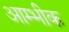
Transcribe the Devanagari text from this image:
आम्भीक